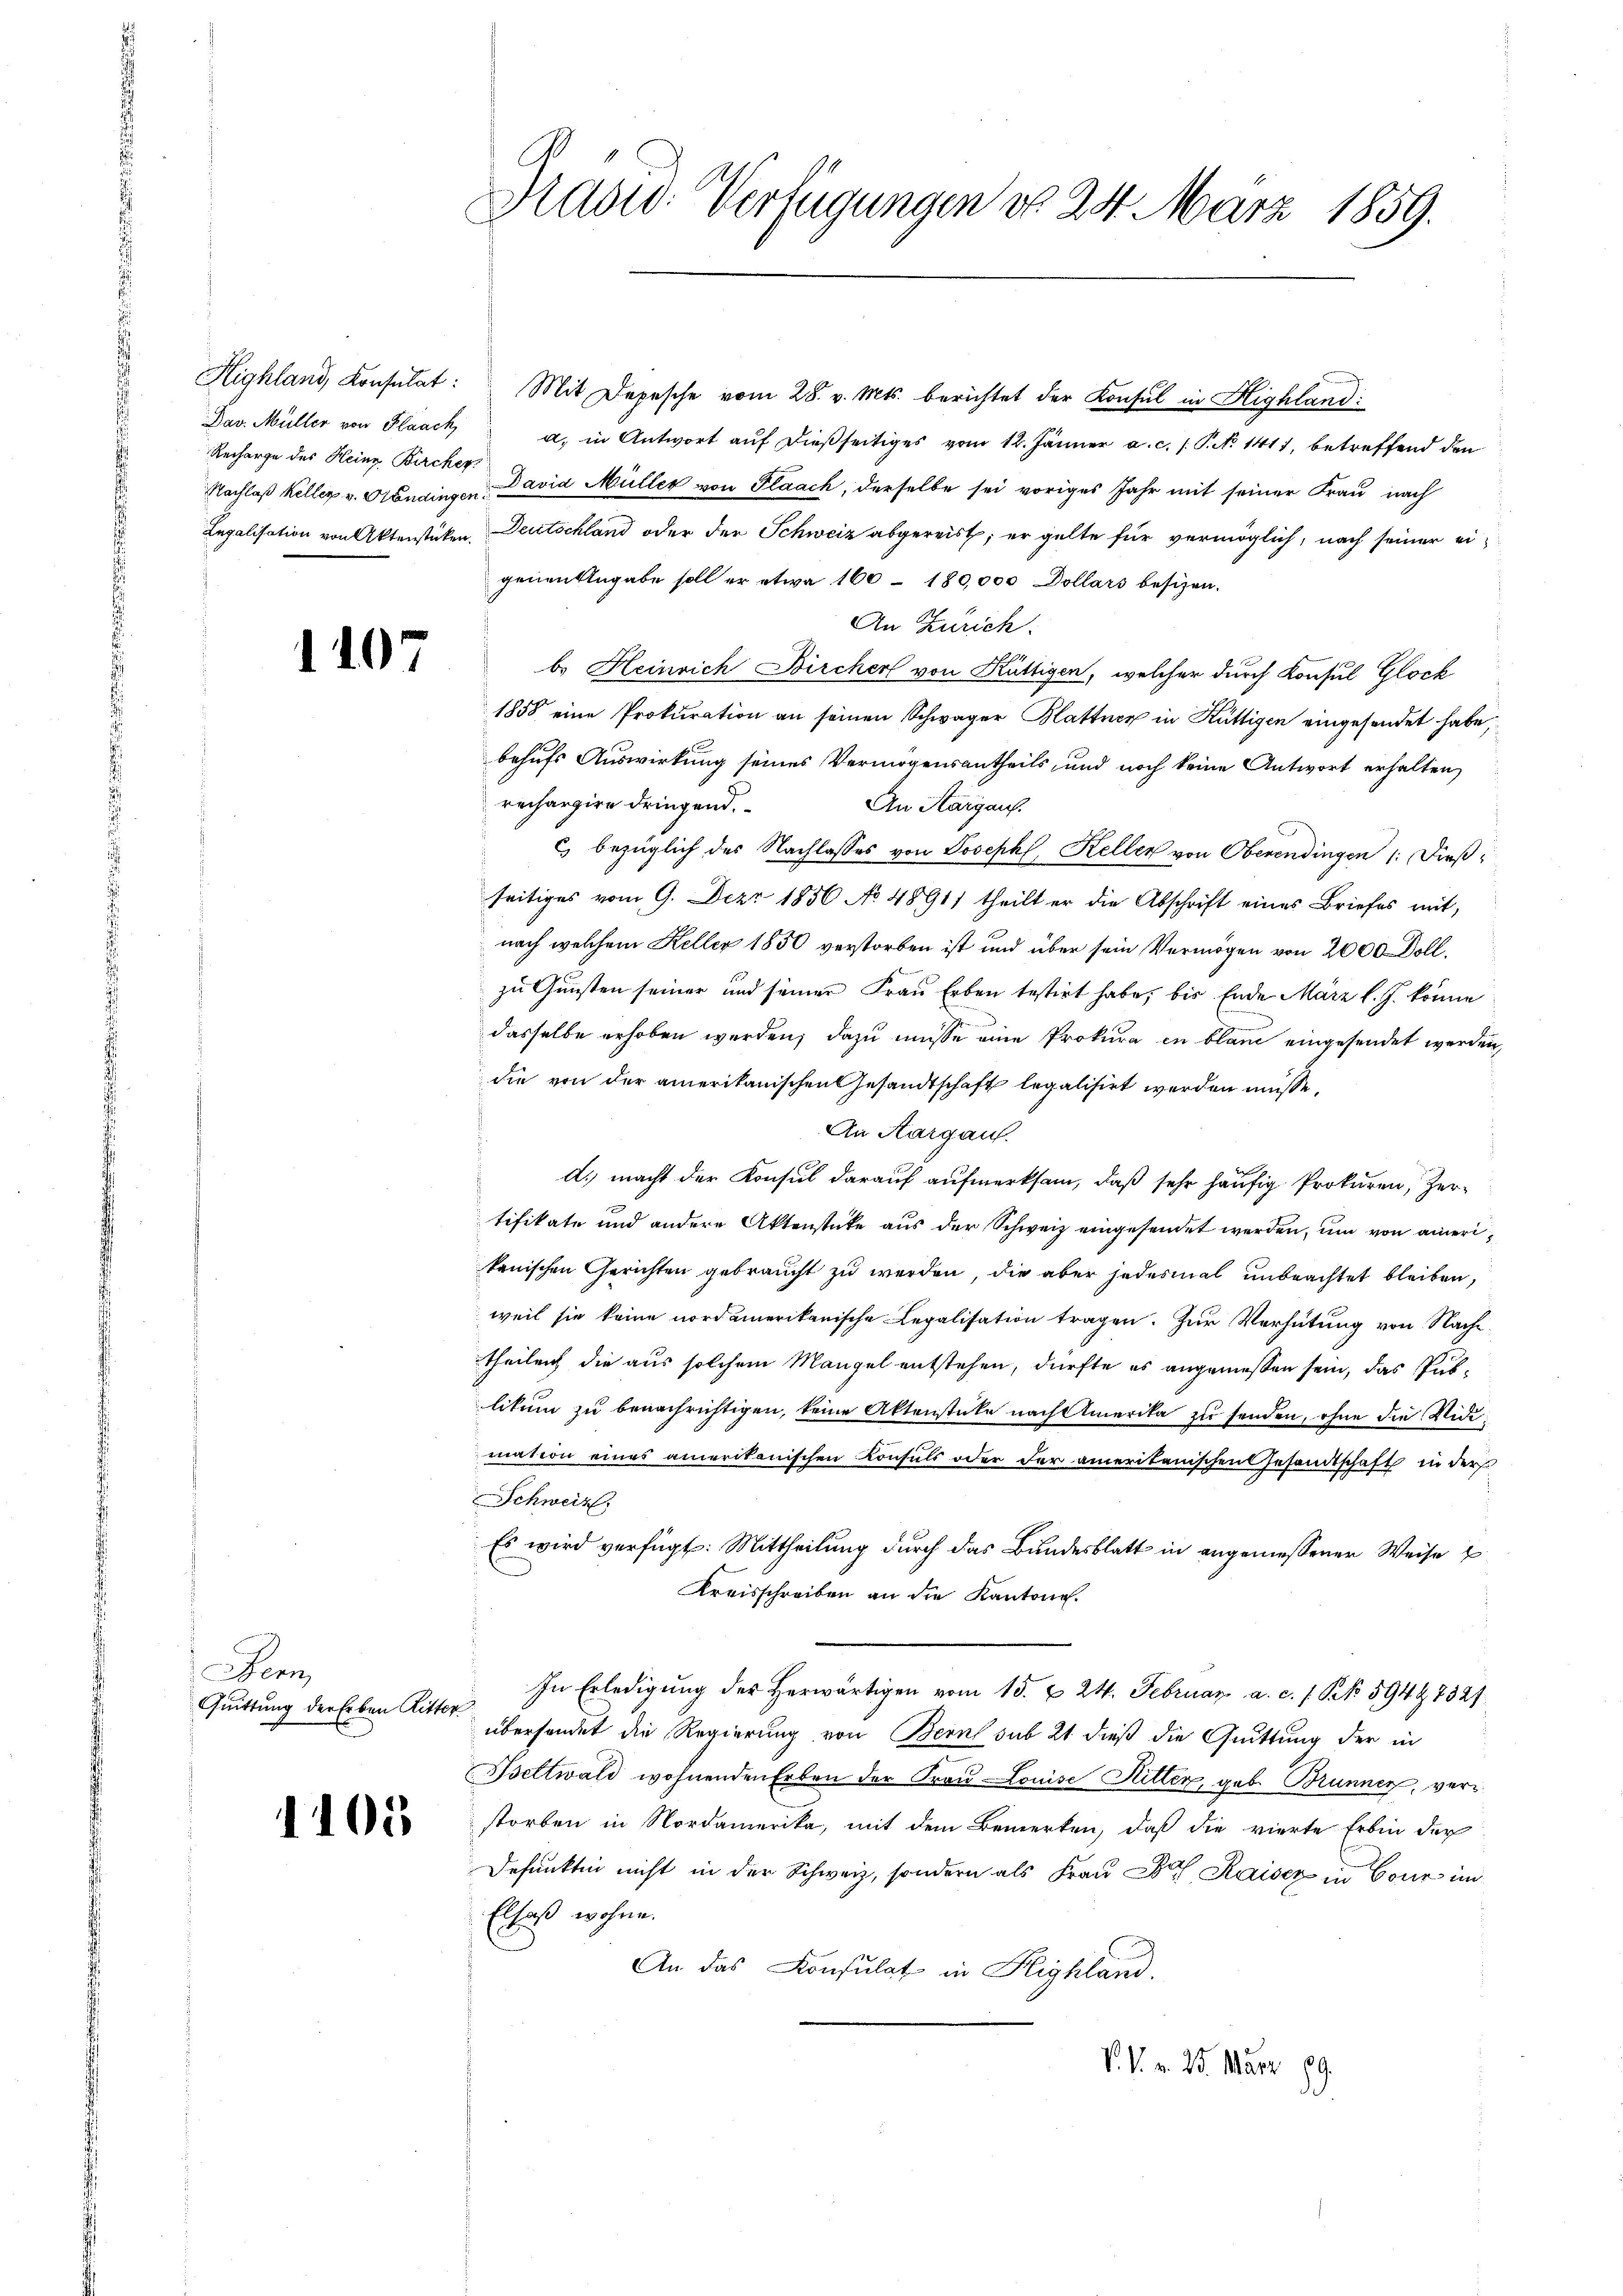
Recharge des Heinz Bircher,

.

107.

em
Quittung der Erben Ritter

1105

Hadw. Verfügungen do 24. März 1859.

Highland, Konsulat: Mit Depesche vom 28. v. Mts. berichtet der Konsul in Highland:
Dav. Müller von Flaach, a. in Antwort aŭf dießseitiges vom 12. Jänner a. c. /. P. No 1411, betreffend den
Nachlaß Keller v. Kondingen Davia Müller von Flaach, derselbe sei voriges Jahr mit seiner Frau nach
Legalisation von Aktenstüken, Deutschland oder der Schweiz abgereist; er gelte für vermöglich, nach seiner eigenen Angabe soll er etwa 160 - 180,000 Dollars besizen.
An Zürich.
b. Heinrich Bircher von Küttigen, welcher durch Konsul Glock
1858 eine Prokuration an seinen Schwager Blattner in Küttigen eingesendet habe,
behufs Auswirkung seines Vermögensantheils, und noch keine Antwort erhalten,
rechargire dringend.
An Aargauf.
c bezüglich des Nachlasses von Joseph, Kellen von Oberendingen : Dießseitiges vom 9. Dezr. 1856 No 48911 theilt er die Abschrift eines Briefes mit,
nach welchem Keller 1850 verstorben ist und über sein Vermögen von 2000 Doll.
zu Gunsten seiner und seiner Frau Erben testirt habe, bis Ende März l. J. könne
dasselbe erhoben werden; dazu müsse eine Prokura in blau eingesendet werden,
die von der amerikanischen Gesandtschaft legalisirt werden müsse.
An Aargau.
A.) macht der Konsul darauf aufmerksam, daß sehr häufig Prokuren, Zer-
tifikate und andere Aktenstücke aus der Schweiz eingesendet werden, um von einerikanischen Gerichten gebraucht zu werden, die aber jedesmal unbeachtet bleiben,
weil sie keine nordamerikanische Legalisation tragen. Zur Verhütung von Nache
theilen die aus solchem Mangel entstehen, dürfte es angemessen sein, das Publikum zu benachrichtigen, keine Aktenstücke nach Amerika zu senden, ohne die Widimation eines amerikanischen Konsuls oder der amerikanischen Gesandtschaft in der
Schweiz.
Es wird verfügt: Mittheilung durch das Bundesblatt in angemessener Weise E
Kreisschreiben an die Kantone.
In Erledigung der Herwärtigen vom 15. & 24. Februar a. c. 1 Pk 594 97327
übersendet die Regierung von Bern sub 21 dieß die Quittung der in
Bettwald wohnenden Erben der Frau Louise Ritter, geb. Brunnen, verstorben in Nordamerika, mit dem Bemerken, daß die vierte Erbin der
Defunkten nicht in der Schweiz, sondern als Frau Dorf Kaiser in Cour im
Elsaß wohne.
An das Konsulat in Highland.
V. P. v. 25. März 189.